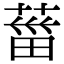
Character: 葘